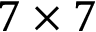
7 \times 7